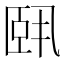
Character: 𬛣